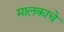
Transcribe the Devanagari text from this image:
मालकाचे